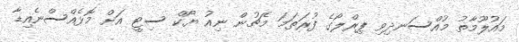
މައުލޫމާތު މުއްސަނދިވި ޕިރްލޯގެ ފުރަތަމަ މެޗުން ނިއު ޔޯކް ސިޓީ އަށް މޮޅެއްސްނެއިޑާ